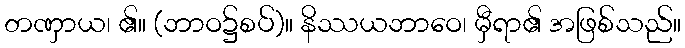
တဏှာယ၊ ၏။ (ဘာဝ၌စပ်)။ နိဿယဘာဝေ၊ မှီရာ၏ အဖြစ်သည်။